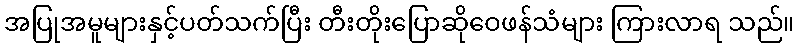
အပြုအမူများနှင့်ပတ်သက်ပြီး တီးတိုးပြောဆိုဝေဖန်သံများ ကြားလာရ သည်။